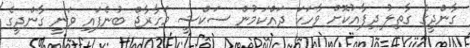
ގާންދީގެ ގާތިލު ދިފާއުކޮށް ވާހަކަ ދައްކަމުން ސަކްޝީ މަހާރާޖް ބުނެފައި ވަނީ ގާންދީގެ